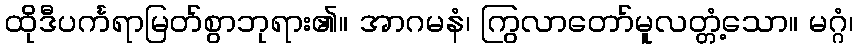
ထိုဒီပင်္ကရာမြတ်စွာဘုရား၏။ အာဂမနံ၊ ကြွလာတော်မူလတ္တံ့သော။ မဂ္ဂံ၊